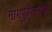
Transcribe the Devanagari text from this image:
नागपुडीसारख्या